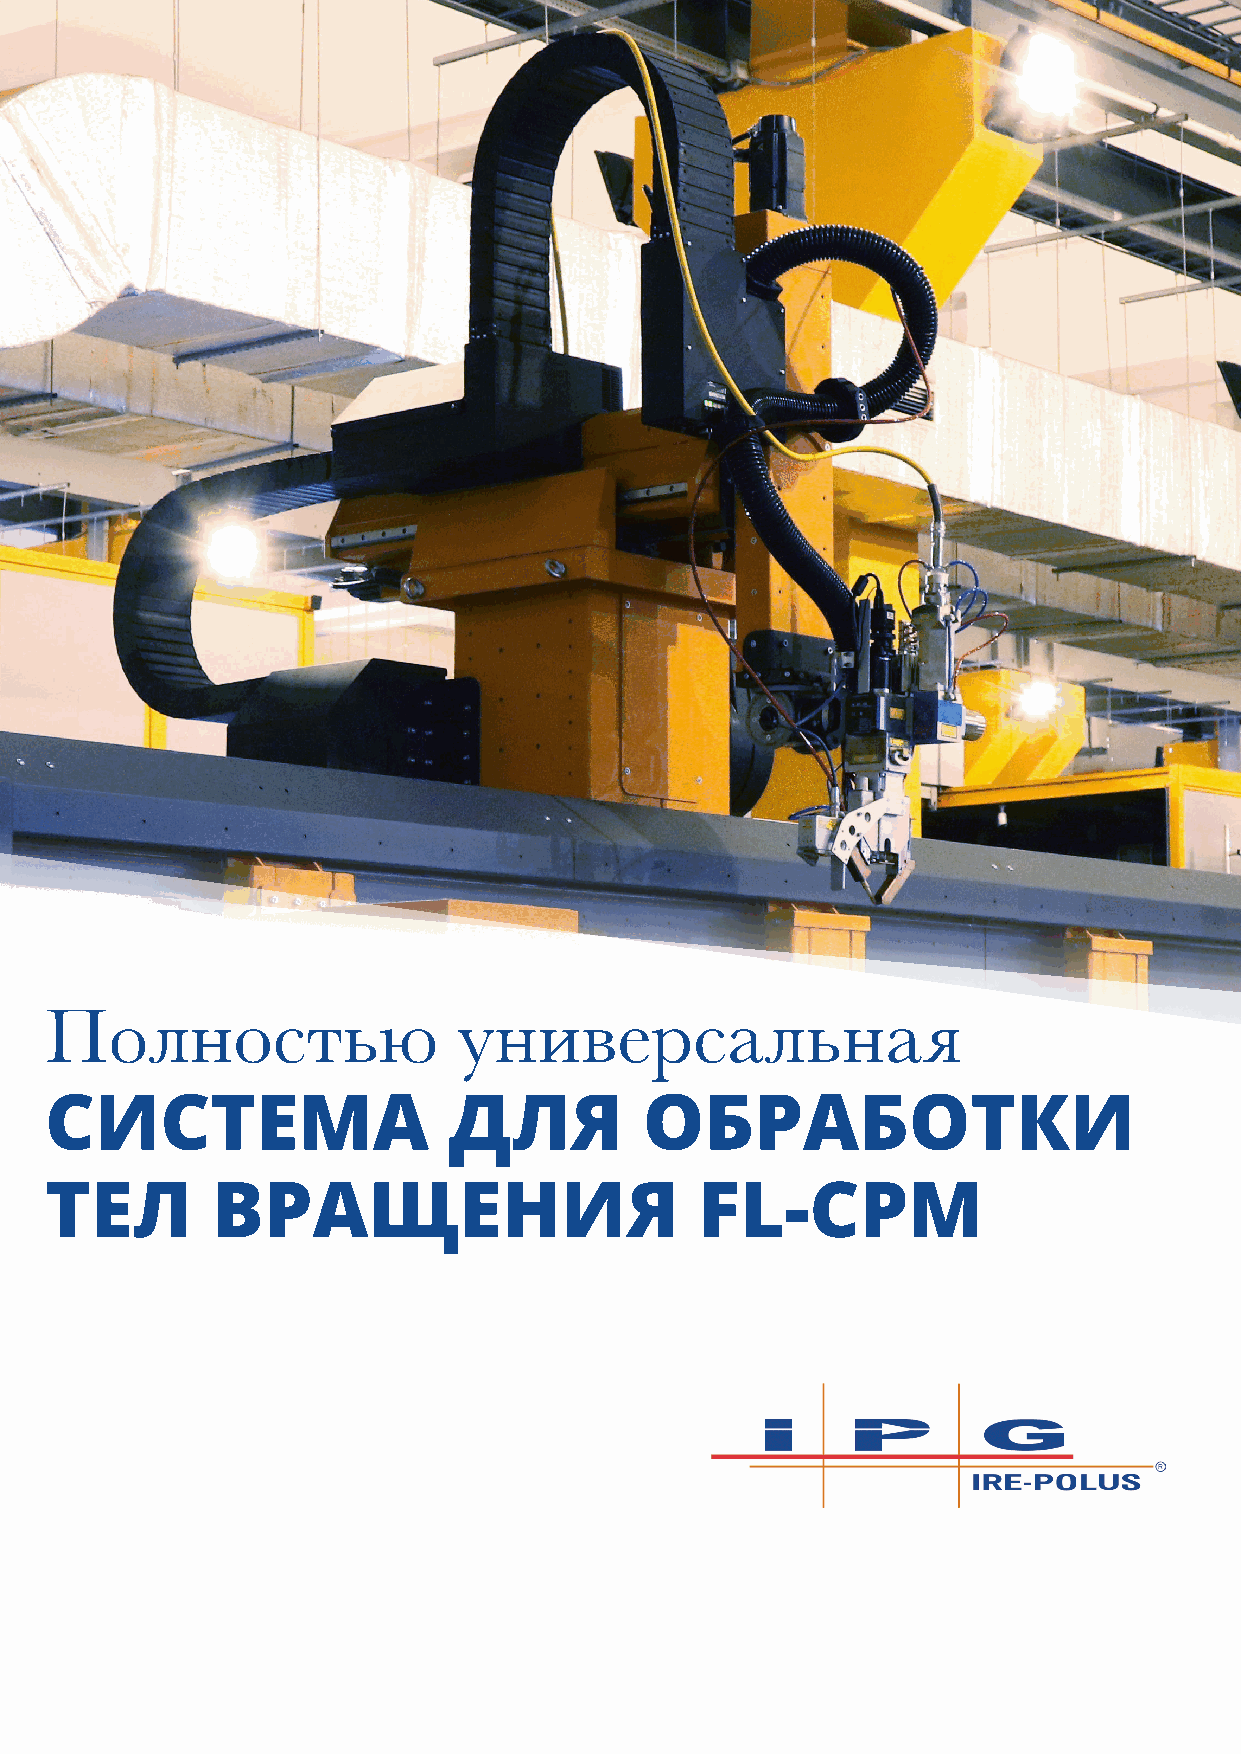
Полностью                  универсальная
 СИСТЕМА                    ДЛЯ          ОБРАБОТКИ
 ТЕЛ        ВРАЩЕНИЯ                        FL-CPM